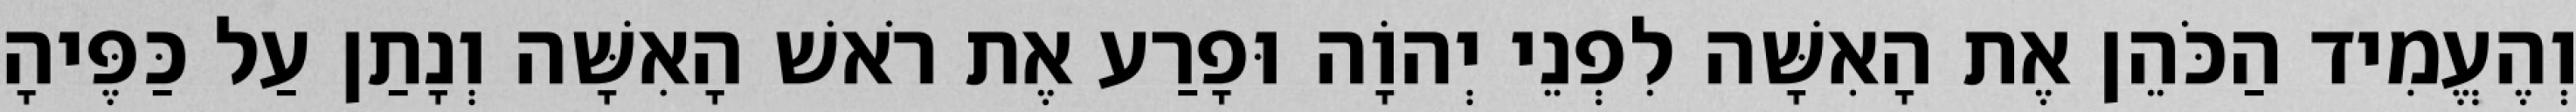
וְהֶעֱמִיד הַכֹּהֵן אֶת הָאִשָּׁה לִפְנֵי יְהוָֹה וּפָרַע אֶת רֹאשׁ הָאִשָּׁה וְנָתַן עַל כַּפֶּיהָ